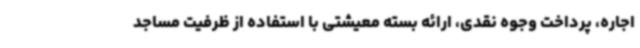
اجاره، پرداخت وجوه نقدی، ارائه بسته معیشتی با استفاده از ظرفیت مساجد